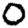
Digit: 0